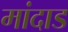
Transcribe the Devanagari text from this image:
मांदाड